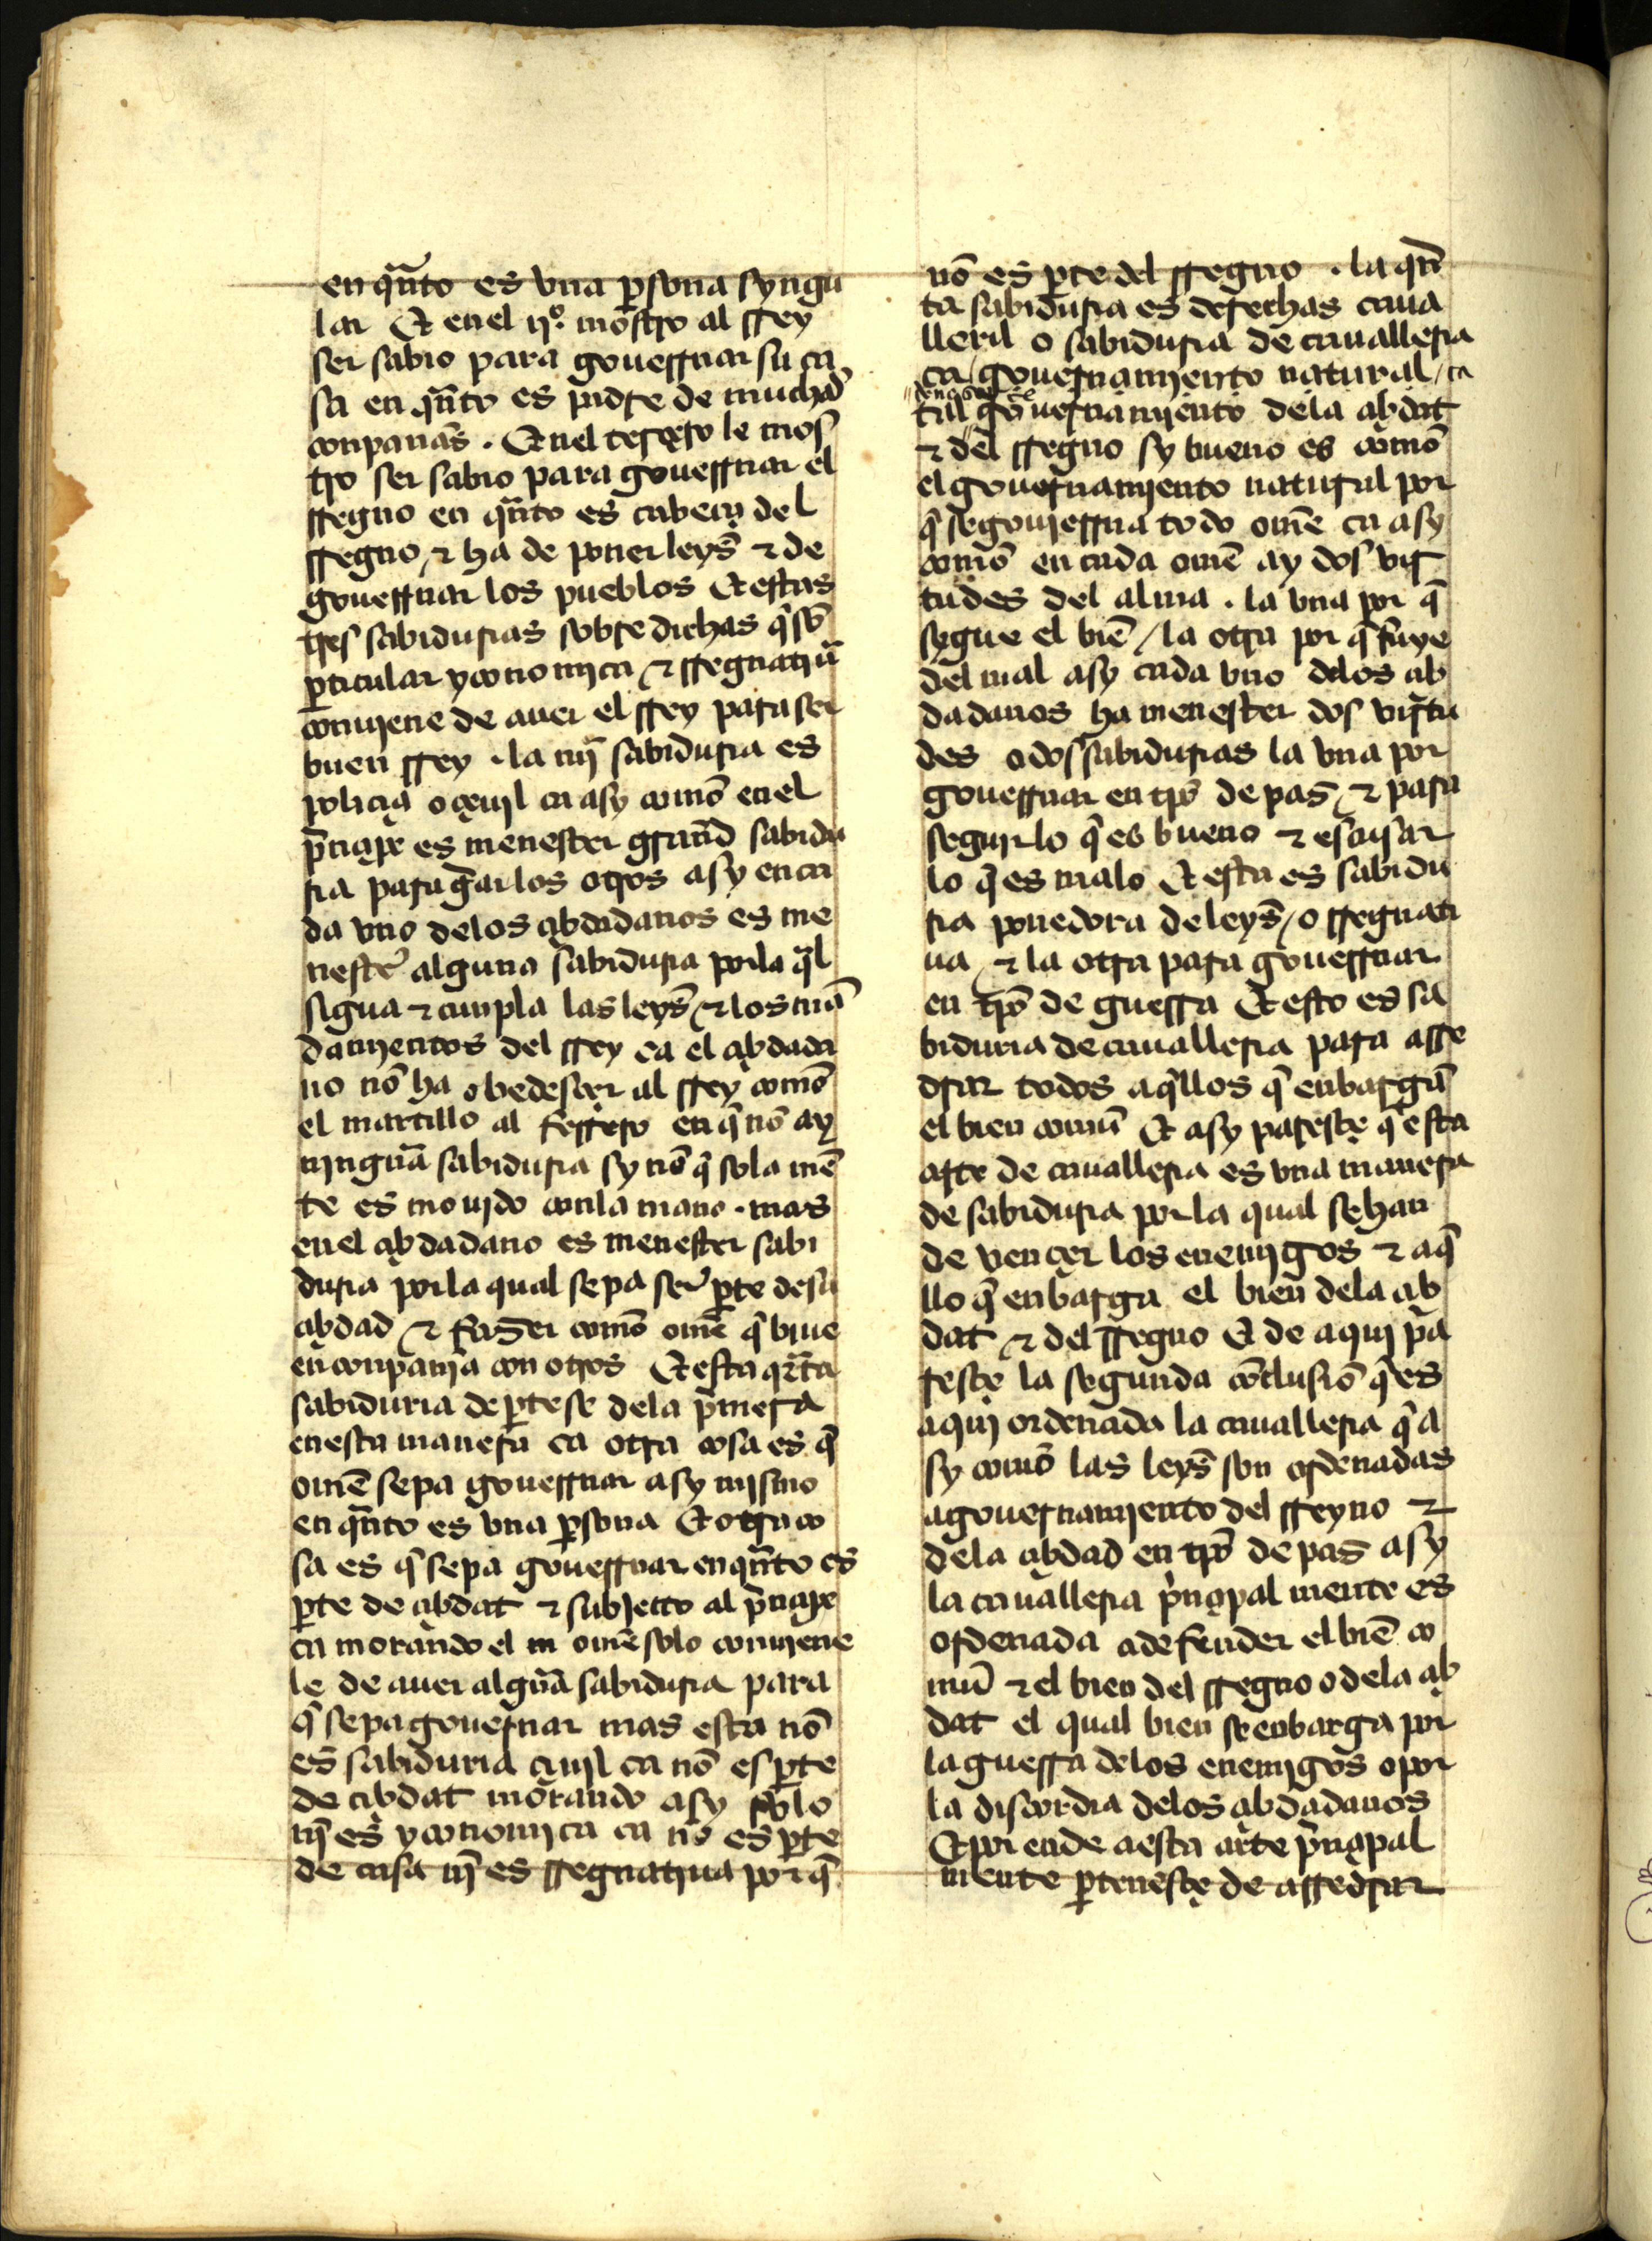
Shelfmark: Madrid, Instituto Valencia de don Juan, 2.6.I.5
Century: 15